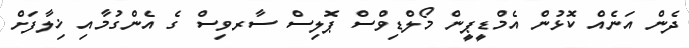
ދެން އަނެއް ކޮޅުން އެމްޑީޕީން މޯލްޑިވްސް ޕޮލިސް ސާރވިސް ގެ އެންގުމާއި ޚިލާފަށް